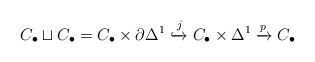
\begin{align*}C_\bullet \sqcup C_\bullet = C_\bullet \times \partial \Delta^1 \xhookrightarrow{j} C_\bullet \times \Delta^1 \xrightarrow{p} C_\bullet \end{align*}